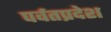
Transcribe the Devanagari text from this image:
पर्वतप्रदेश